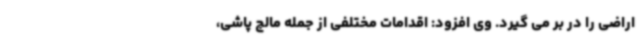
اراضی را در بر می گیرد. وی افزود: اقدامات مختلفی از جمله مالچ پاشی،